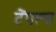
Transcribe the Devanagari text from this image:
टेंपल्स